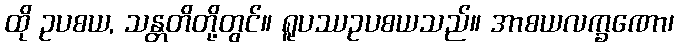
ထို ဥပစယ, သန္တတိတို့တွင်။ ရူပဿဥပစယသည်။ အာစယလက္ခဏော၊